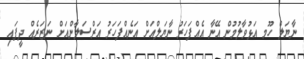
ނާޔަލް ހޫމ އަޅުވާލުމުން އޭނާ އެއްފަހަރު ނާޔަލްއަށް އަނެއްފަހަރު އަރްސަލާންއަށް ނަޒަރެއް ދީފައި